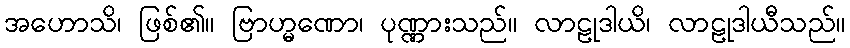
အဟောသိ၊ ဖြစ်၏။ ဗြာဟ္မဏော၊ ပုဏ္ဏားသည်။ လာဠုဒါယိ၊ လာဠုဒါယီသည်။